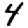
Digit: 4